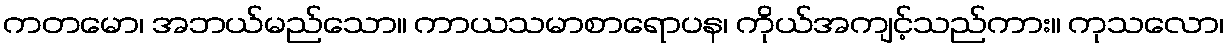
ကတမော၊ အဘယ်မည်သော။ ကာယသမာစာရောပန၊ ကိုယ်အကျင့်သည်ကား။ ကုသလော၊